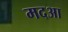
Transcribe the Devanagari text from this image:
मदआ